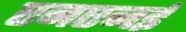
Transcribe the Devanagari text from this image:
एनएनई